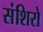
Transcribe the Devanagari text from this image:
संशिरो